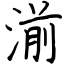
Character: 湔